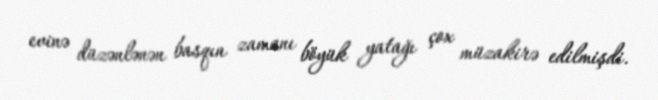
evinə düzənlənən basqın zamanı böyük yatağı çox müzakirə edilmişdi.